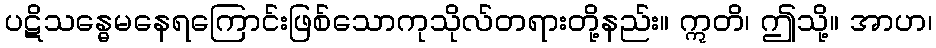
ပဋိသန္ဓေမနေရကြောင်းဖြစ်သောကုသိုလ်တရားတို့နည်း။ ဣတိ၊ ဤသို့။ အာဟ၊